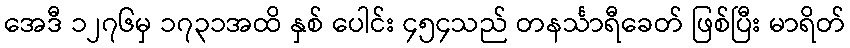
အေဒီ ၁၂၇၆မှ ၁၇၃၁အထိ နှစ် ပေါင်း ၄၅၄သည် တနင်္သာရီခေတ် ဖြစ်ပြီး မာရိတ်